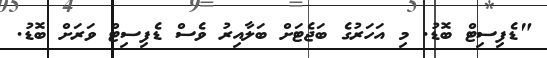
"ޑެފިސިޓް ބޮޑު. މި އަހަރުގެ ބަޖެޓަށް ބަލާއިރު ވެސް ޑެފިސިޓް ވަރަށް ބޮޑު.